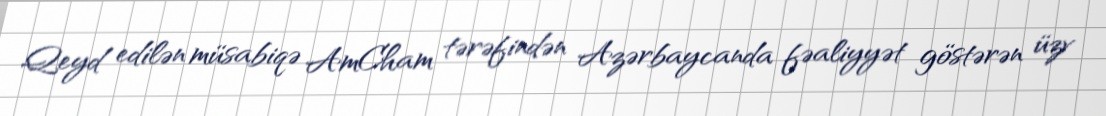
Qeyd edilən müsabiqə AmCham tərəfindən Azərbaycanda fəaliyyət göstərən üzv